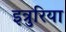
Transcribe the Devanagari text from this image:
इत्रुरिया